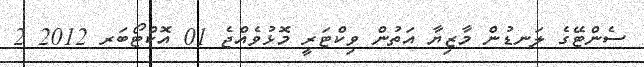
ސެންޓޭގެ ލަނޑުން މާޒިޔާ އަތުން ވިކްޓަރީ މޮޅުވެއްޖެ 01 އޮކްޓޯބަރ 2012 2